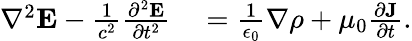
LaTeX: \begin{array}{rl}{\nabla^{2}{\mathbf E}-\frac{1}{c^{2}}\frac{\partial^{2}{\mathbf E}}{\partial t^{2}}}&{{}=\frac{1}{\epsilon_{0}}\nabla\rho+\mu_{0}\frac{\partial{\mathbf J}}{\partial t}.}\end{array}